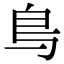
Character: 𫠓